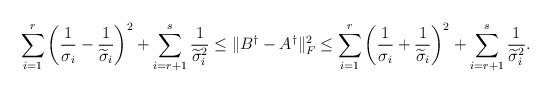
LaTeX: \begin{align*}\sum_{i=1}^{r}\bigg(\frac{1}{\sigma_{i}}-\frac{1}{\widetilde{\sigma}_{i}}\bigg)^{2}+\sum_{i=r+1}^{s}\frac{1}{\widetilde{\sigma}_{i}^{2}}\leq\|B^{\dagger}-A^{\dagger}\|_{F}^{2}\leq\sum_{i=1}^{r}\bigg(\frac{1}{\sigma_{i}}+\frac{1}{\widetilde{\sigma}_{i}}\bigg)^{2}+\sum_{i=r+1}^{s}\frac{1}{\widetilde{\sigma}_{i}^{2}}.\end{align*}